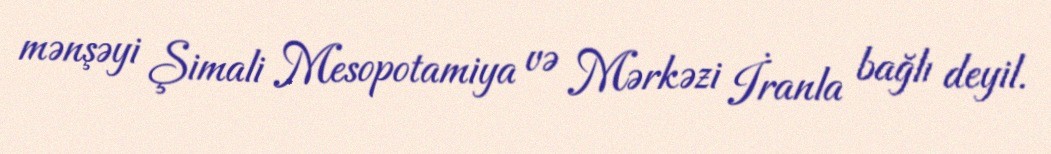
mənşəyi Şimali Mesopotamiya və Mərkəzi İranla bağlı deyil.